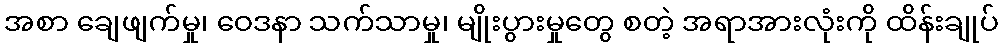
အစာ ချေဖျက်မှု၊ ဝေဒနာ သက်သာမှု၊ မျိုးပွားမှုတွေ စတဲ့ အရာအားလုံးကို ထိန်းချုပ်